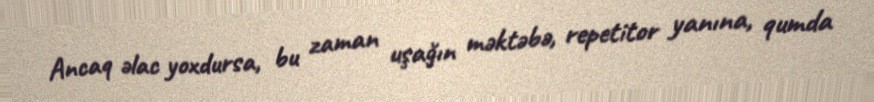
Ancaq əlac yoxdursa, bu zaman uşağın məktəbə, repetitor yanına, qumda